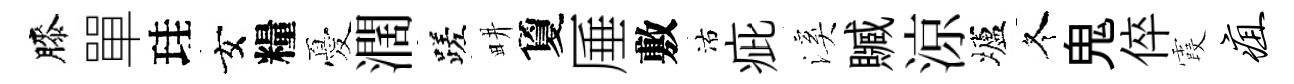
膝單珪女糧憂濶蹉畊夐厜敷沽疵溪贓涼壚冬鬼倅霞疽